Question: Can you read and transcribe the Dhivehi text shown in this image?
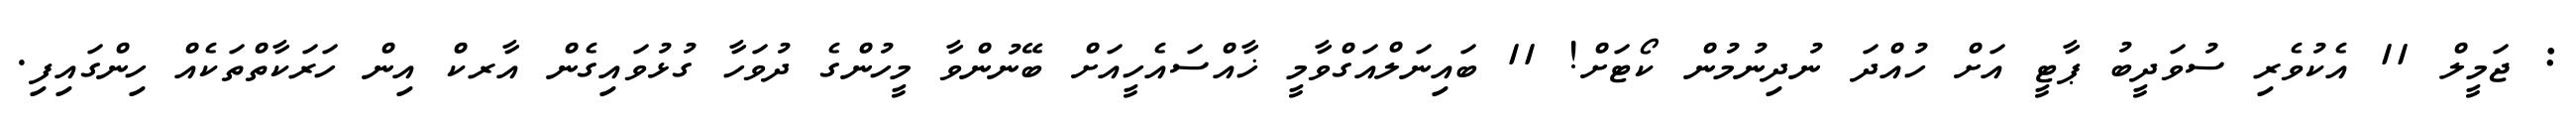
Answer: : ޖަމީލް 11 އެކުވެރި ސުވަދީބު ޕާޓީ އަށް ހުއްދަ ނުދިނުމުން ކޯޓަށް! 11 ބައިނަލްއަގްވާމީ ޚާއްސައެހީއަށް ބޭނުންވާ މީހުންގެ ދުވަހާ ގުޅުވައިގެން އާރކް އިން ހަރަކާތްތަކެއް ހިންގައިފި.